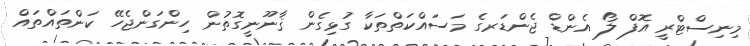
މިނިސްޓްރީ އޮފް ލޯ އެންޑް ޖެންޑަރގެ މަސައްކަތްތަކާ ގުޅިގެން ޤާނޫނީގޮތުން ހިންގަންޖެހޭ ކަންތައްތައް